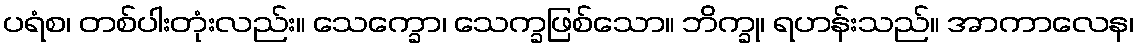
ပရံစ၊ တစ်ပါးတုံးလည်း။ သေက္ခော၊ သေက္ခဖြစ်သော။ ဘိက္ခု၊ ရဟန်းသည်။ အာကာလေန၊